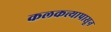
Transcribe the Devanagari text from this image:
कलकत्त्यापासून